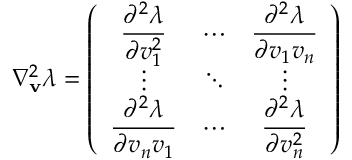
\nabla _ { \mathbf { v } } ^ { 2 } \lambda = \left( \begin{array} { c c c } { \displaystyle \frac { \partial ^ { 2 } \lambda } { \partial v _ { 1 } ^ { 2 } } } & { \cdots } & { \displaystyle \frac { \partial ^ { 2 } \lambda } { \partial v _ { 1 } v _ { n } } } \\ { \vdots } & { \ddots } & { \vdots } \\ { \displaystyle \frac { \partial ^ { 2 } \lambda } { \partial v _ { n } v _ { 1 } } } & { \cdots } & { \displaystyle \frac { \partial ^ { 2 } \lambda } { \partial v _ { n } ^ { 2 } } } \end{array} \right)